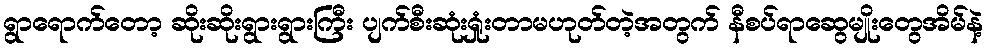
ရွာရောက်တော့ ဆိုးဆိုးရွားရွားကြီး ပျက်စီးဆုံးရှုံးတာမဟုတ်တဲ့အတွက် နီစပ်ရာဆွေမျိုးတွေအိမ်နဲ့